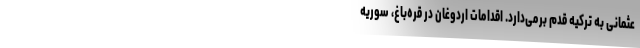
عثمانی به ترکیه قدم بر­می­دارد. اقدامات اردوغان در قره­باغ، سوریه